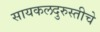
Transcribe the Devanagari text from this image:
सायकलदुरुस्तीचे